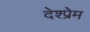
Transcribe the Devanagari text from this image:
देश्प्रेम